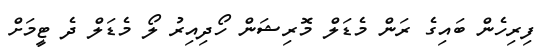
ފިރިހެން ބައިގެ ރަން މެޑަލް މޮރިޝަން ހޯދިއިރު ލޯ މެޑަލް ދެ ޓީމަށް